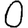
Digit: 0